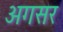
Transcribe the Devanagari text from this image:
अगसर